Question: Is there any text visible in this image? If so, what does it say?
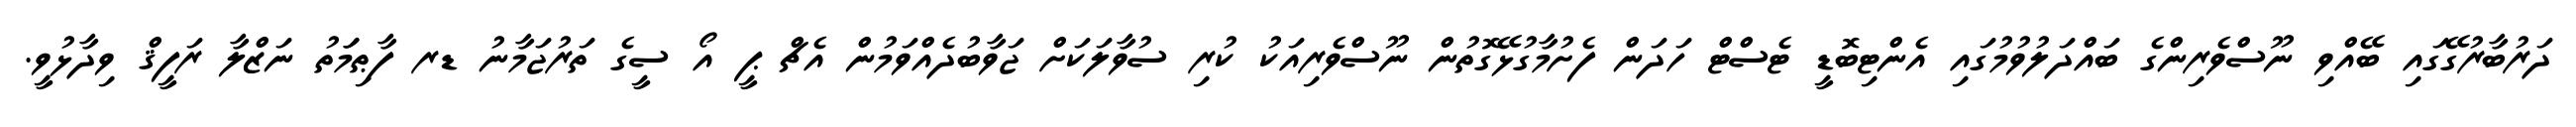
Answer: ދަރުބާރުގޭގައި ބޭއްވި ނޫސްވެރިންގެ ބައްދަލުވުމުގައި އެންޓިބޮޑީ ޓެސްޓް ހަދަން ފެށުމާގުޅޭގޮތުން ނޫސްވެރިއަކު ކުރި ސުވާލަކަށް ޖަވާބުދެއްވަމުން އެޗް ޕީ އޯ ސީގެ ތަރުޖަމާނު ޑރ ފާޠިމަަތު ނަޒްލާ ރަފީޤް ވިދާޅުވީ.